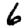
Digit: 6